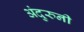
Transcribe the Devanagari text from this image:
अंदुरुनी